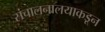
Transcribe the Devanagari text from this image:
संचालनालयाकडून